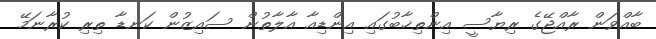
ބާއްވަން ރާއްޖޭގެ ރިޔާސީ އިންތިޚާބުގައި އިންޑިއާ އާލާތުން ސައިޒުން ކަނޑާ ތިރި ކުރާނަމޭ